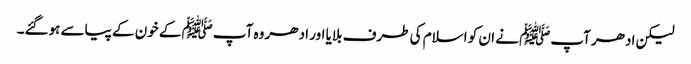
لیکن ادھر آپﷺ نے ان کو اسلام کی طرف بلایا اور ادھر وہ آپﷺ کے خون کے پیاسے ہوگئے۔